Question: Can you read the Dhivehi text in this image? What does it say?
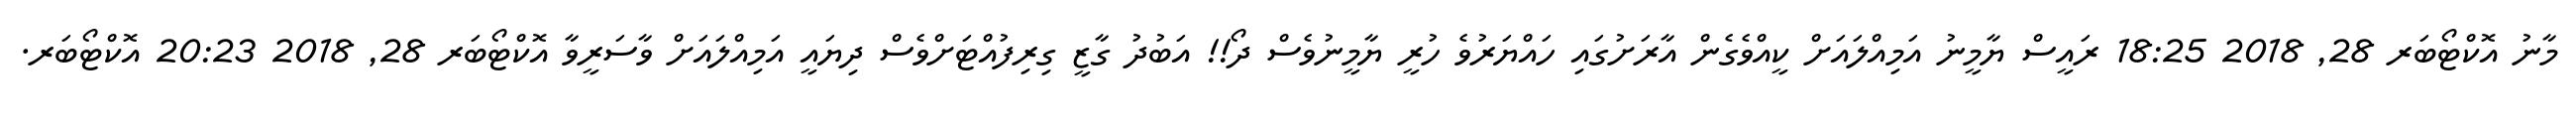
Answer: މާނު އޮކްޓޯބަރ 28, 2018 18:25 ރައީސް ޔާމީނު އަމިއްލައަށް ކީއްވެގެން އާރަށުގައި ހައްޔަރުވެ ހުރީ ޔާމީނުވެސް ދޯ!! އަބުދު ގާޒީ ގިރިފުއްޓަށްވެސް ދިޔައީ އަމިއްލައަށް ވާސަރީވާ އޮކްޓޯބަރ 28, 2018 20:23 އޮކްޓޯބަރ.